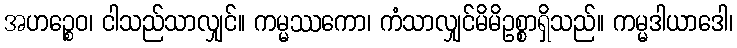
အဟဉ္စေဝ၊ ငါသည်သာလျှင်။ ကမ္မဿကော၊ ကံသာလျှင်မိမိဥစ္စာရှိသည်။ ကမ္မဒါယာဒေါ၊